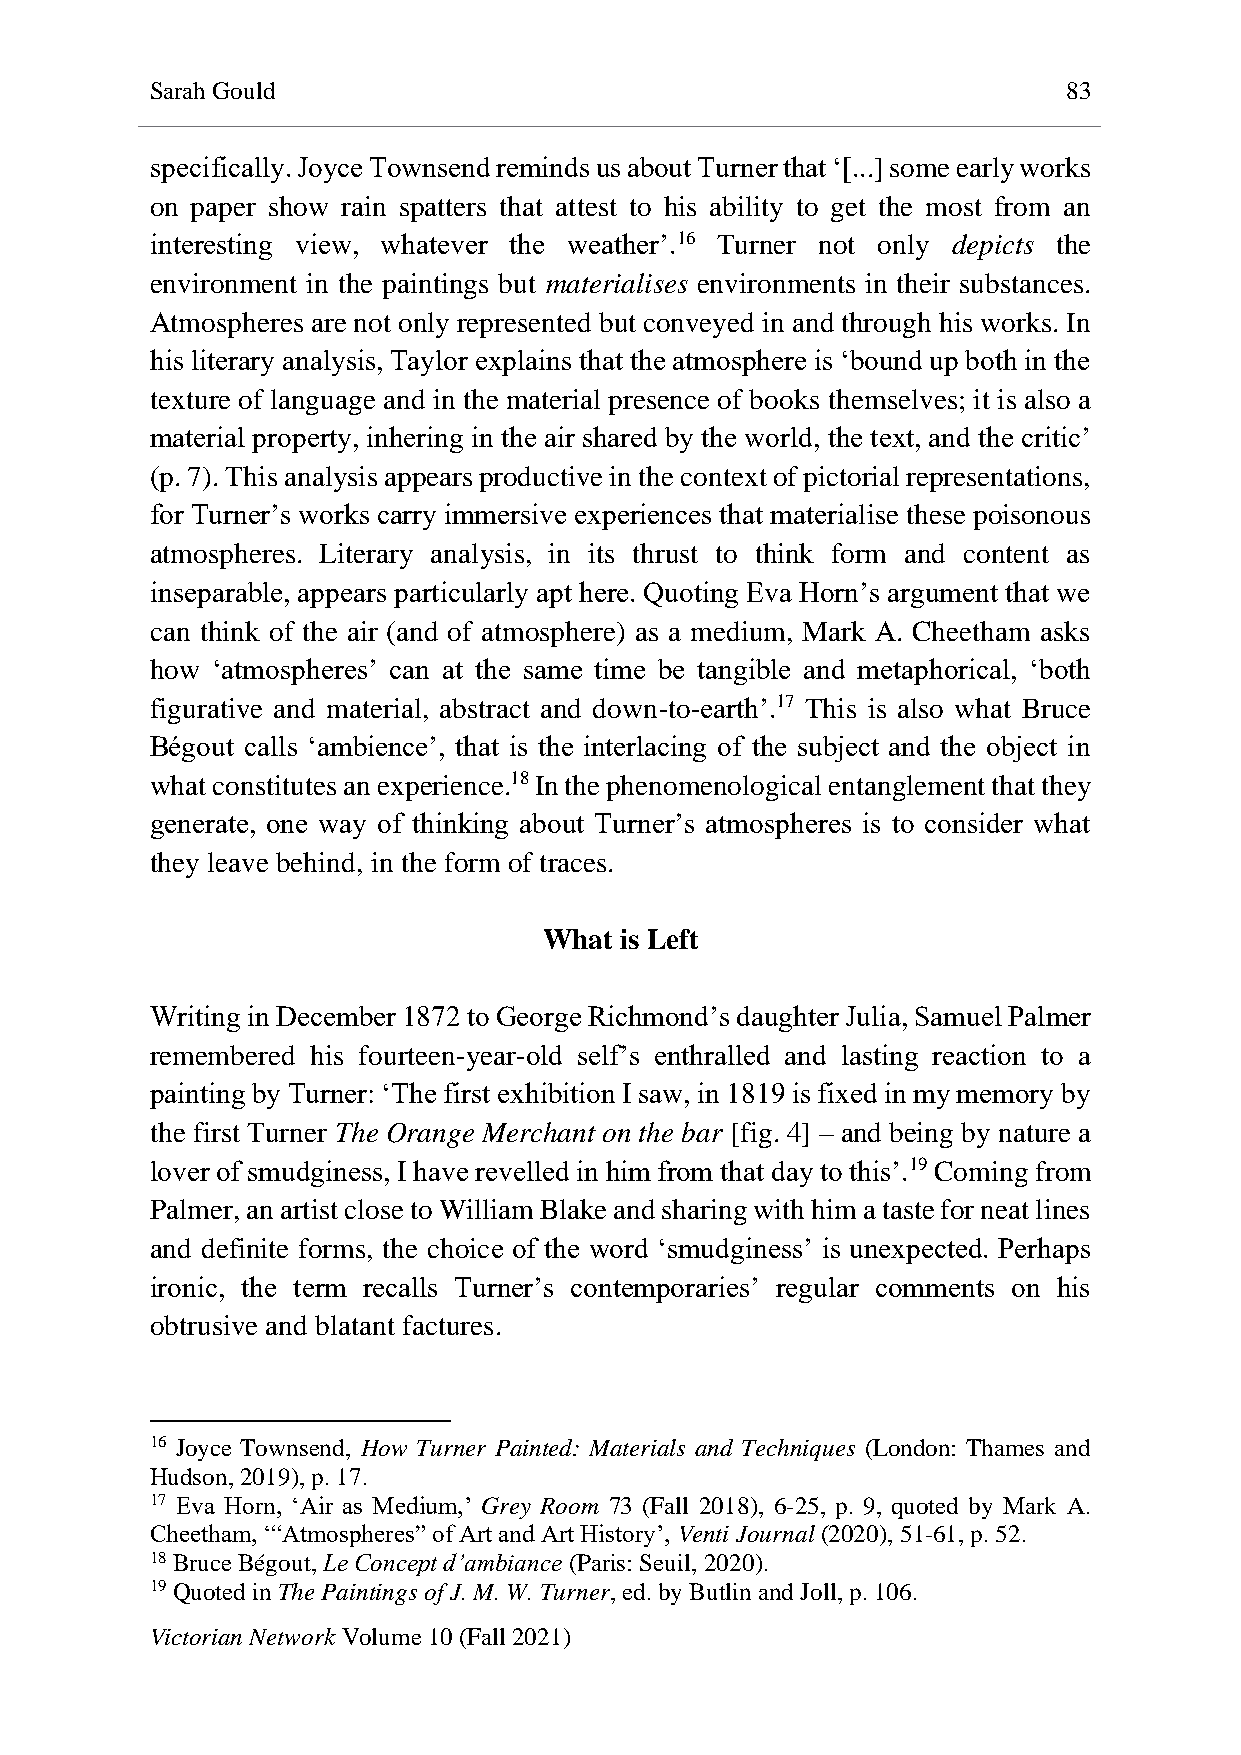
Sarah Gould                                                  83
 specifically. Joyce Townsend reminds us about Turner that ‘[...] some early works
 on paper show rain spatters that attest to his ability to get the most from an
 interesting view, whatever the weather’.16 Turner not only depicts the
 environment in the paintings but materialises environments in their substances.
 Atmospheres are not only represented but conveyed in and through his works. In
 his literary analysis, Taylor explains that the atmosphere is ‘bound up both in the
 texture of language and in the material presence of books themselves; it is also a
 material property, inhering in the air shared by the world, the text, and the critic’
 (p. 7). This analysis appears productive in the context of pictorial representations,
 for Turner’s works carry immersive experiences that materialise these poisonous
 atmospheres. Literary analysis, in its thrust to think form and content as
 inseparable, appears particularly apt here. Quoting Eva Horn’s argument that we
 can think of the air (and of atmosphere) as a medium, Mark A. Cheetham asks
 how ‘atmospheres’ can at the same time be tangible and metaphorical, ‘both
 figurative and material, abstract and down-to-earth’.17 This is also what Bruce
 Bégout calls ‘ambience’, that is the interlacing of the subject and the object in
 what constitutes an experience.18 In the phenomenological entanglement that they
 generate, one way of thinking about Turner’s atmospheres is to consider what
 they leave behind, in the form of traces.
 What is Left
 Writing in December 1872 to George Richmond’s daughter Julia, Samuel Palmer
 remembered his fourteen-year-old self’s enthralled and lasting reaction to a
 painting by Turner: ‘The first exhibition I saw, in 1819 is fixed in my memory by
 the first Turner The Orange Merchant on the bar [fig. 4] – and being by nature a
 lover of smudginess, I have revelled in him from that day to this’.19 Coming from
 Palmer, an artist close to William Blake and sharing with him a taste for neat lines
 and definite forms, the choice of the word ‘smudginess’ is unexpected. Perhaps
 ironic, the term recalls Turner’s contemporaries’ regular comments on his
 obtrusive and blatant factures.
 16 Joyce Townsend, How Turner Painted: Materials and Techniques (London: Thames and
 Hudson, 2019), p. 17.
 17 Eva Horn, ‘Air as Medium,’ Grey Room 73 (Fall 2018), 6-25, p. 9, quoted by Mark A.
 Cheetham, ‘“Atmospheres” of Art and Art History’, Venti Journal (2020), 51-61, p. 52.
 18 Bruce Bégout, Le Concept d’ambiance (Paris: Seuil, 2020).
 19 Quoted in The Paintings of J. M. W. Turner, ed. by Butlin and Joll, p. 106.
 Victorian Network Volume 10 (Fall 2021)